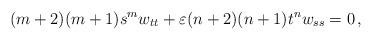
LaTeX: \begin{align*}(m+2)(m+1)s^mw_{tt}+\varepsilon (n+2)(n+1)t^nw_{ss}=0\, ,\end{align*}